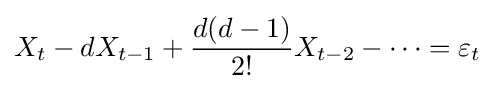
X_{t}-dX_{t-1}+{\frac {d(d-1)}{2!}}X_{t-2}-\cdots =\varepsilon _{t}